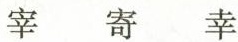
宰 寄 幸